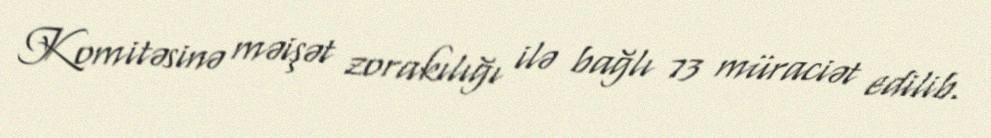
Komitəsinə məişət zorakılığı ilə bağlı 73 müraciət edilib.